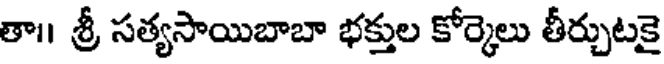
తా।। శ్రీ సత్యసాయిబాబా భక్తుల కోర్కెలు తీర్చుటకై